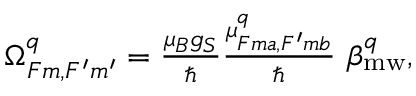
\begin{array} { r } { \Omega _ { F m , F ^ { \prime } m ^ { \prime } } ^ { q } = \frac { \mu _ { B } g _ { S } } { \hbar } \frac { \mu _ { F m a , F ^ { \prime } m b } ^ { q } } { \hbar } \ \beta _ { \mathrm { m w } } ^ { q } , } \end{array}